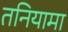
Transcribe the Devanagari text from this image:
तनियामा